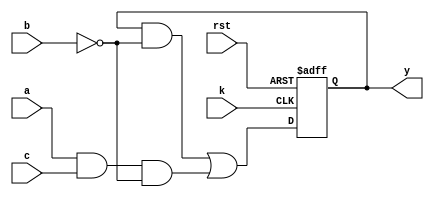
module clb_hg(
	input a,
	input b,
	input c,
	input k,
	input rst,
	output y
);

	wire f;
	reg q;
	
	assign f = q & ~b | a & c & ~b;
	
	always @(posedge k, negedge rst) begin
		if (rst == 1'b0) begin
			q <= 1'b0;
		end else begin
			q <= f;
		end
	end
	
	assign y = q;
	
endmodule